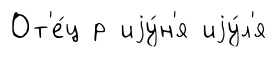
От'е́ц р иjу́н'я иjу́л'я